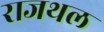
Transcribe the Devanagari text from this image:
राजथल